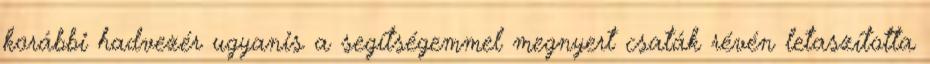
korábbi hadvezér ugyanis a segítségemmel megnyert csaták révén letaszította